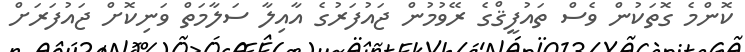
ކޮންމެ ގޮތަކުން ވެސް ތައުފީޤްގެ ރޭވުމުން ޖައުފަރުގެ އާއިލާ ސަލާމަތް ވަނިކޮށް ޖައުފަރަށް